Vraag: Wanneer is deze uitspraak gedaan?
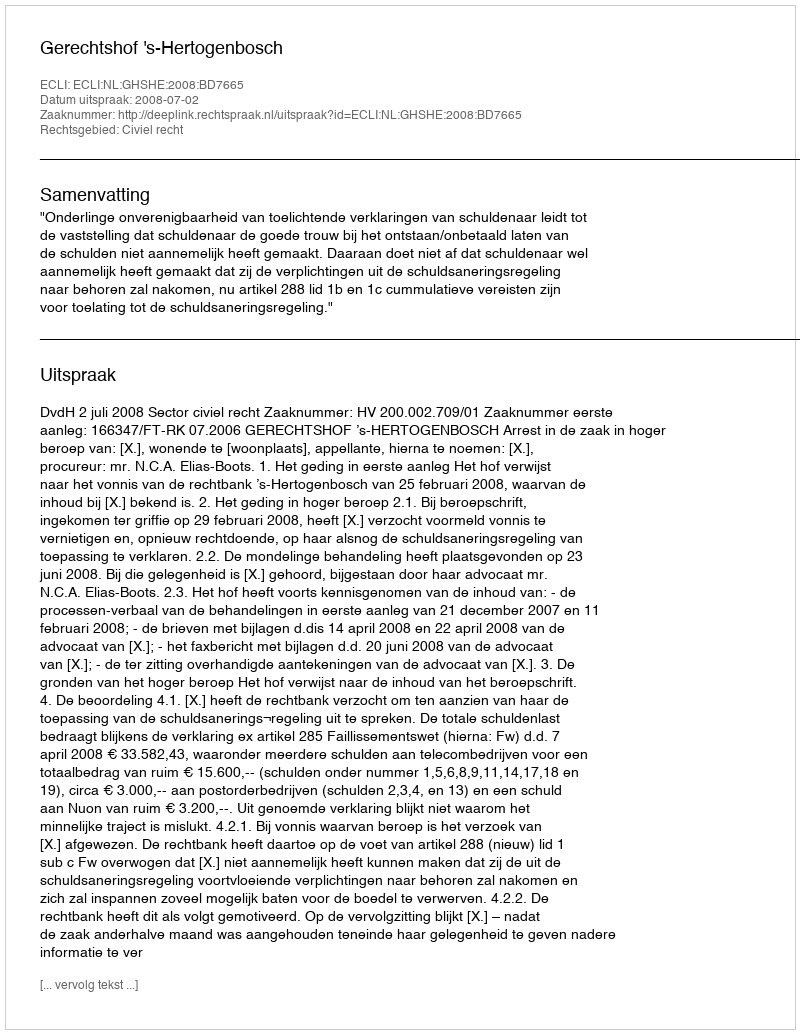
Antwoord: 2008-07-02